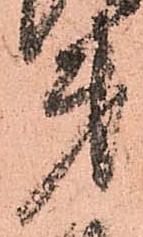
第